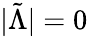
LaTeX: |{\tilde{\Lambda}}|=0